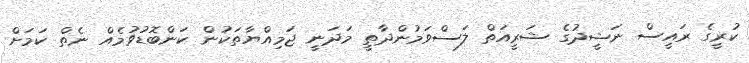
ކުރީގެ ރައީސް ނަޝީދުގެ ޝަރީއަތް ލަސްވަމުންދާތީ މަދަނީ ޖަމިއްޔާތަކުން ކަންބޮޑުވުމެއް ނެތް ކަމަށް